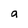
Character: g